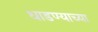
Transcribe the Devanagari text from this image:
धाडण्याच्या